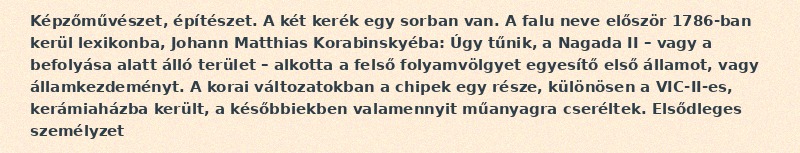
Képzőművészet, építészet. A két kerék egy sorban van. A falu neve először 1786-ban kerül lexikonba, Johann Matthias Korabinskyéba: Úgy tűnik, a Nagada II – vagy a befolyása alatt álló terület – alkotta a felső folyamvölgyet egyesítő első államot, vagy államkezdeményt. A korai változatokban a chipek egy része, különösen a VIC-II-es, kerámiaházba került, a későbbiekben valamennyit műanyagra cseréltek. Elsődleges személyzet